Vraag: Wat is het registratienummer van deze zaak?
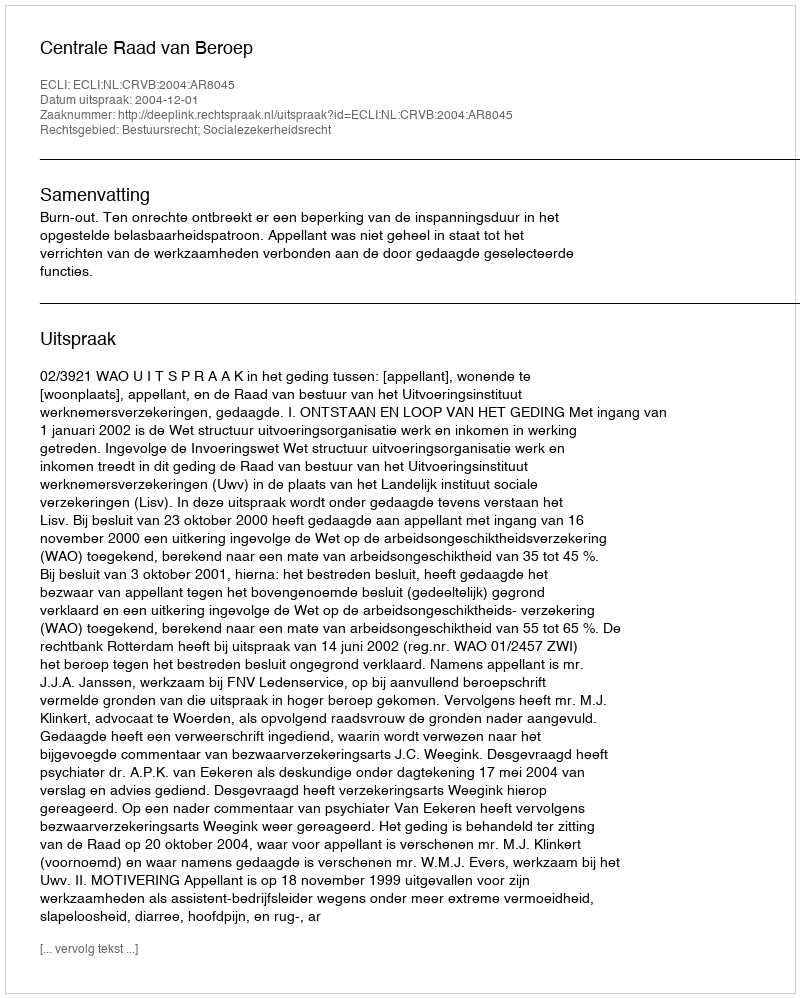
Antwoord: http://deeplink.rechtspraak.nl/uitspraak?id=ECLI:NL:CRVB:2004:AR8045